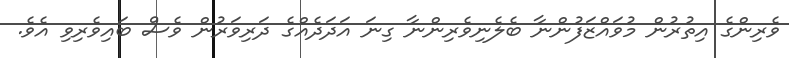
ވެރިންގެ އިތުރުން މުވައްޒަފުންނާ ބެލެނިވެރިންނާ ގިނަ އަދަދެއްގެ ދަރިވަރުން ވެސް ބައިވެރިވި އެވެ.